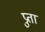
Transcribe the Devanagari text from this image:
प्रुता